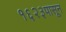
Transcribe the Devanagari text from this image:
१६२३पासून